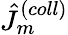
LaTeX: \hat{J}_{m}^{(coll)}